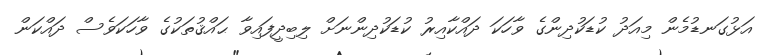
އަޅުގަނޑުމެން މިއަދު ކުޑަކުދިންގެ ވާހަކަ ދައްކާއިރު ކުޑަކުދިންނަށް ލިބިދީފައިވާ ޙައްޤުތަކުގެ ވާހަކަވެސް ދައްކަން